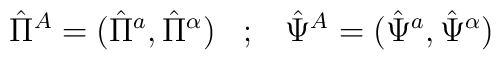
\hat{\Pi}^{A}=(\hat{\Pi}^{a},\hat{\Pi}^{\alpha}) \; \; \; ; \; \;\;\hat{\Psi}^{A}=(\hat{\Psi}^{a},\hat{\Psi}^{\alpha})